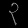
Digit: ၃